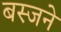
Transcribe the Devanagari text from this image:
बस्जने